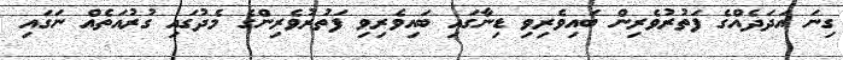
ގިނަ އަދަދެއްގެ ފަތުރުވެރިން ބައިވެރިވި ޑިނާގައި ބައިވެރިވި ފަތުރުވެރިންގެ މެދުގައި ގުރުއަތެއް ނަގައި